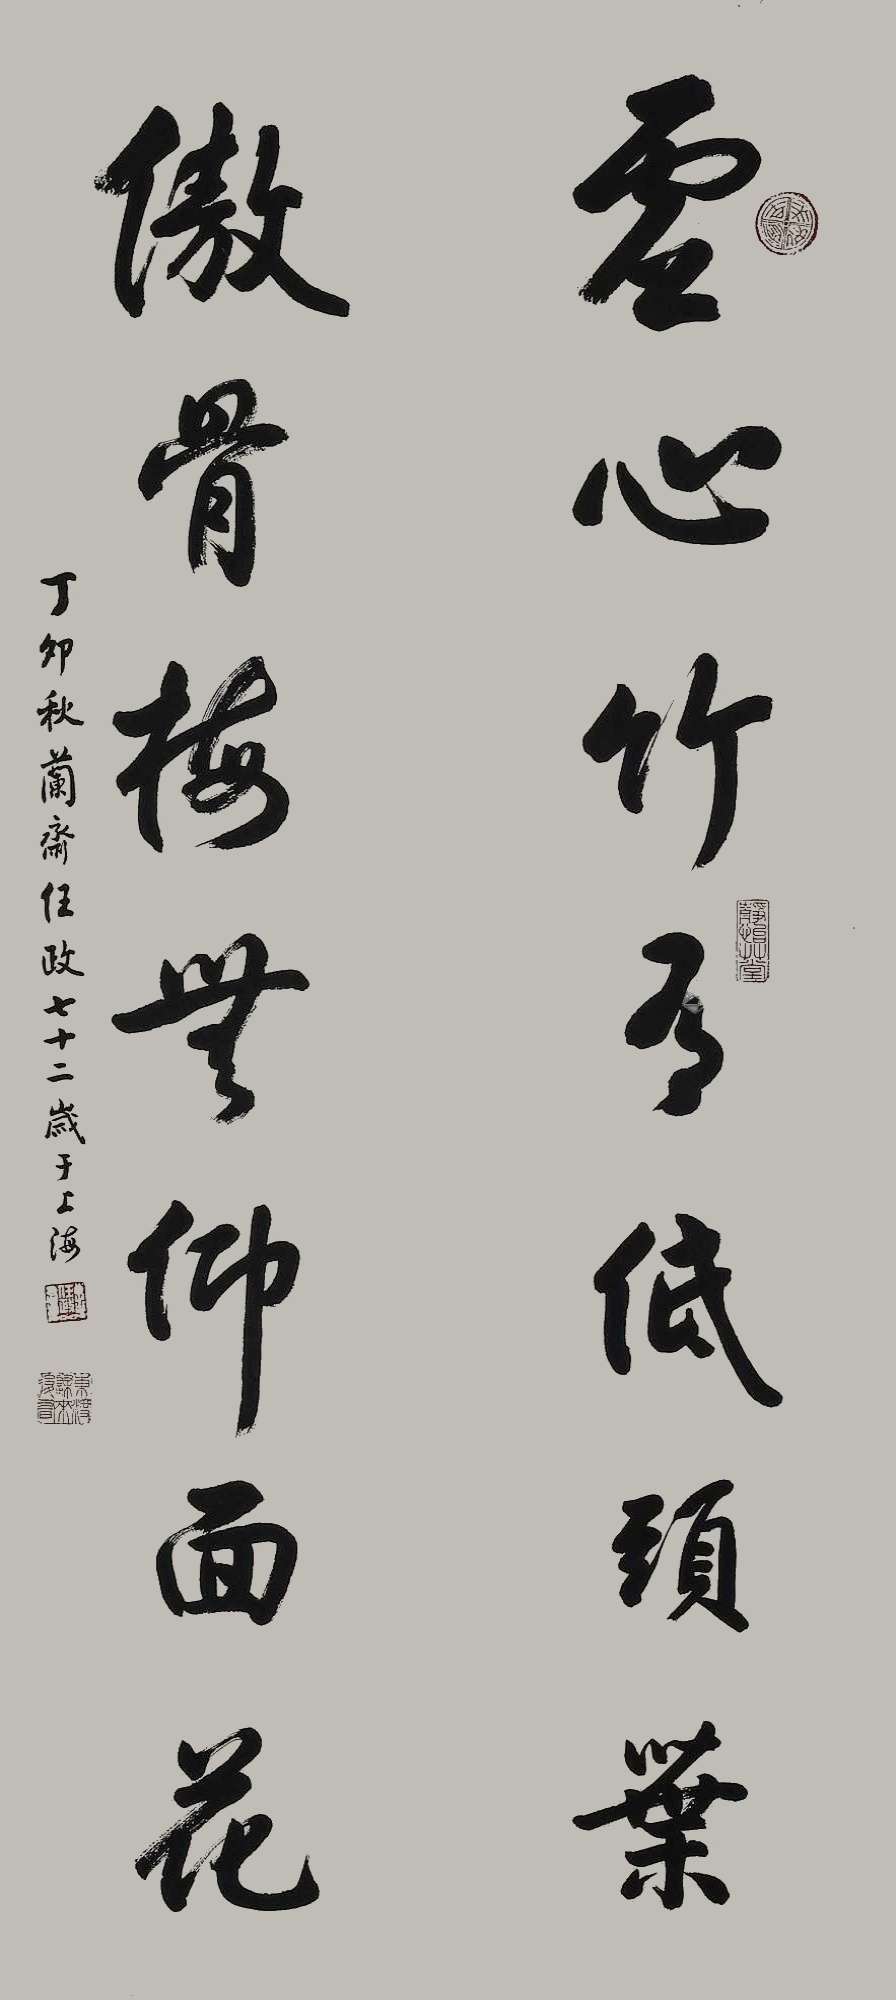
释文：虚心竹有低头叶，傲骨梅无仰面花。丁卯秋，兰斋任政七十二岁于上海。